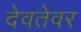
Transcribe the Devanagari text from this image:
देवतेवर